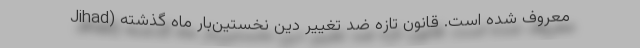
Jihad) معروف شده است. قانون تازهٔ ضدّ تغییر دین نخستین‌بار ماه گذشته